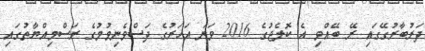
ދަރުބާރުގޭގައި ރޭ ބޭއްވި އެ ކޮލެޖުގެ 2016 ވަނަ އަހަރުގެ ދަސްވެނިވުމުގެ ރަސްމިއްޔާތުގައި